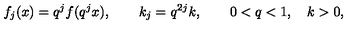
f _ { j } ( x ) = q ^ { j } f ( q ^ { j } x ) , \qquad k _ { j } = q ^ { 2 j } k , \qquad 0 < q < 1 , \quad k > 0 ,